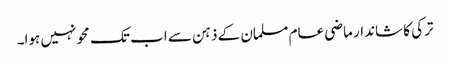
ترکی کا شاندار ماضی عام مسلمان کے ذہن سے اب تک محو نہیں ہوا۔